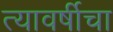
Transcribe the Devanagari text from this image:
त्यावर्षीचा